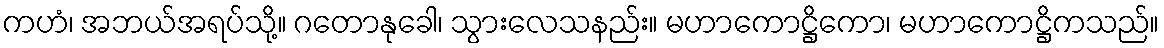
ကဟံ၊ အဘယ်အရပ်သို့။ ဂတောနုခေါ၊ သွားလေသနည်း။ မဟာကောဋ္ဌိကော၊ မဟာကောဋ္ဌိကသည်။